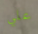
علي